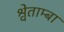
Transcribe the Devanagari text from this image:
श्वेताम्बा